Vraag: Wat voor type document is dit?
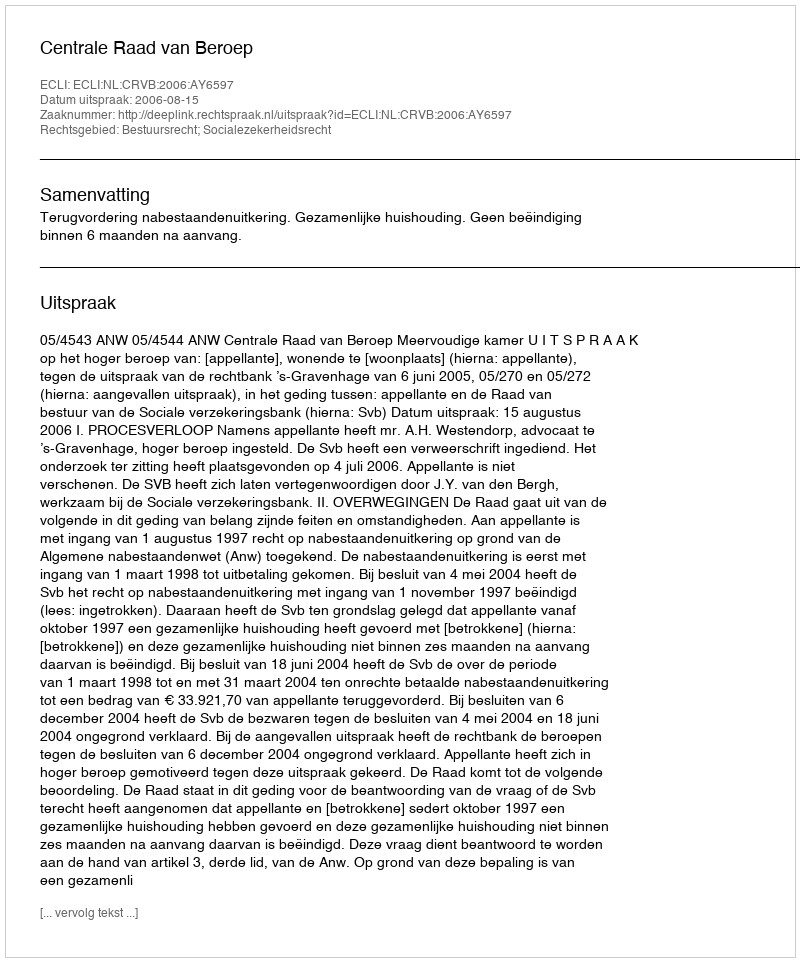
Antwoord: Uitspraak